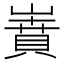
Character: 𡼝